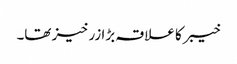
خیبر کا علاقہ بڑا زرخیز تھا۔